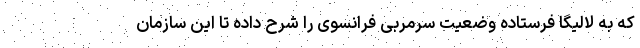
که به لالیگا فرستاده وضعیت سرمربی فرانسوی را شرح داده تا این سازمان